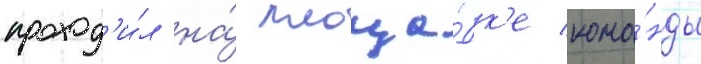
проход'и́л на́ площа́дк'е кома́нды